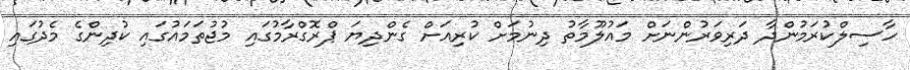
ހާސިލްކުރަމުންދާ ދަރިވަރުންނަށް މައުލޫމާތު ދިނުމަށް ކުރިއަށް ގެންދިޔަ ޕްރޮގްރާމުގައި މުޖުތަމައުގައި ކުދިންގެ މެދުގައި